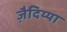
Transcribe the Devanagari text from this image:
ज़ैदिय्या